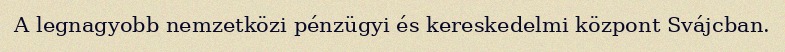
A legnagyobb nemzetközi pénzügyi és kereskedelmi központ Svájcban.